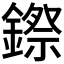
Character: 𮢻